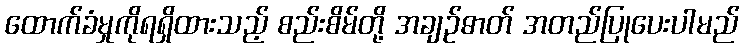
ထောက်ခံမှုကိုရရှိထားသည့် စည်းစိမ်တို့ အချဉ်ဓာတ် အတည်ပြုပေးပါမည်